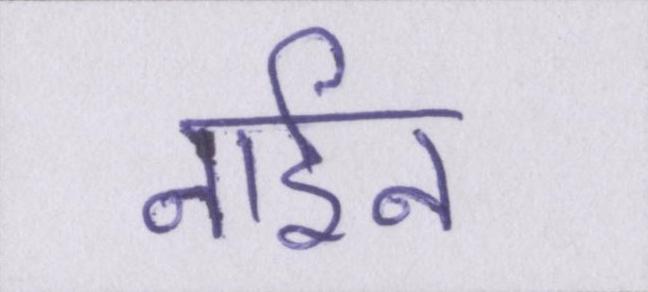
नाईन